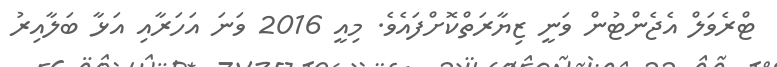
ޓްރެވަލް އެޖެންޓުން ވަނީ ޒިޔާރަތްކޮށްފައެވެ. މިއީ 2016 ވަނަ އަހަރާއި އަޅާ ބަލާއިރު